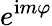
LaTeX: e^{\mathrm{i}m\varphi}